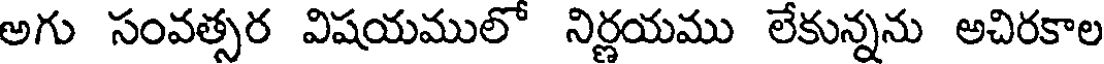
అగు సంవత్సర విషయములో నిర్ణయము లేకున్నను అచిరకాల